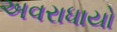
અવરાધાયો